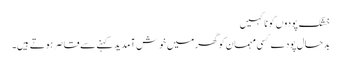
خشک پودوں کو نا کہیں
بدحال پودے کسی مہمان کو گھر میں خوش آمدید کہنے سے قاصر ہوتے ہیں۔